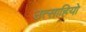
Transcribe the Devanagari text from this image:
उत्साहियो